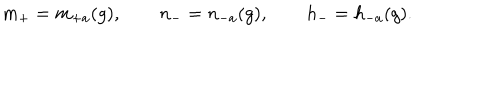
LaTeX: m _ { + } = m _ { + a } ( g ) , \qquad n _ { - } = n _ { - a } ( g ) , \qquad h _ { - } = h _ { - a } ( g ) .